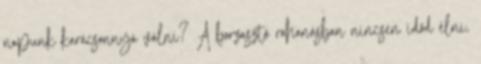
napunk karácsonnyá válni? A borzasztó rohanásban nincsen időd élni,